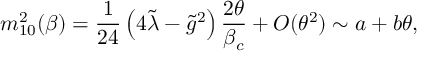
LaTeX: m _ { 1 0 } ^ { 2 } ( \beta ) = \frac { 1 } { 2 4 } \left( 4 \tilde { \lambda } - \tilde { g } ^ { 2 } \right) \frac { 2 \theta } { \beta _ { c } } + O ( \theta ^ { 2 } ) \sim a + b \theta ,